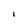
Character: l